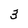
Character: 3